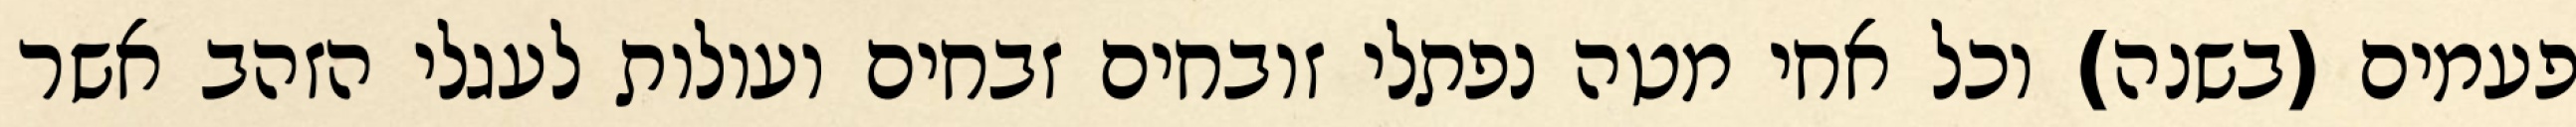
פעמים (בשנה) וכל אחי מטה נפתלי זובחים זבחים ועולות לעגלי הזהב אשר